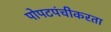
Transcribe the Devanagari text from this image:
पोपटपंचीकरता